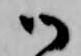
御